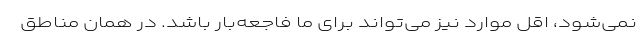
نمی‌شود، اقل موارد نیز می‌تواند برای ما فاجعه‌بار باشد. در همان مناطق